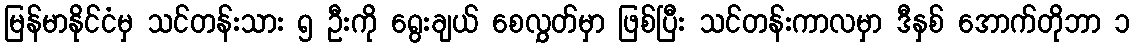
မြန်မာနိုင်ငံမှ သင်တန်းသား ၅ ဦးကို ရွေးချယ် စေလွှတ်မှာ ဖြစ်ပြီး သင်တန်းကာလမှာ ဒီနှစ် အောက်တိုဘာ ၁